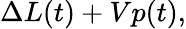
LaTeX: \Delta L(t)+Vp(t),